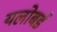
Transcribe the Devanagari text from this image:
यलोबर्ड